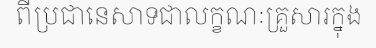
ពីប្រជានេសាទជាលក្ខណៈគ្រួសារក្នុង